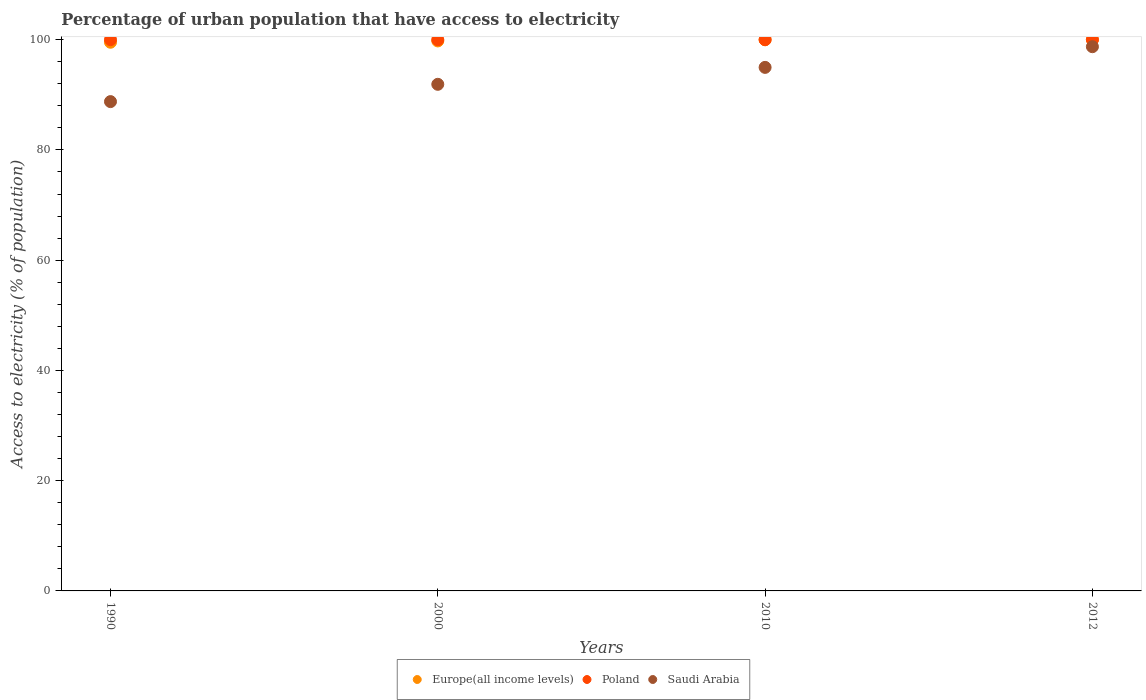
| Years | Europe(all income levels) | Poland | Saudi Arabia |
 | --- | --- | --- | --- |
 | 1990 | 99.5 | 100 | 88.8 |
 | 2000 | 99.8 | 100 | 91.9 |
 | 2010 | 100 | 100 | 95 |
 | 2012 | 100 | 100 | 98.7 |